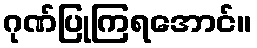
ဂုဏ်ပြုကြရအောင်။